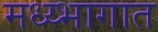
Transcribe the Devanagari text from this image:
मध्य्भागात